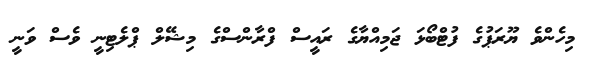
މިހެންވެ ޔޫރަޕުގެ ފުޓްބޯޅަ ޖަމިއްޔާގެ ރައީސް ފްރާންސްގެ މިޝޭލް ޕްލެޓިނީ ވެސް ވަނީ